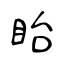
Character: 眙